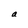
Character: a